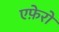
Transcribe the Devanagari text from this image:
एफ़ेरो